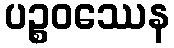
ပဉ္စဝဿေန